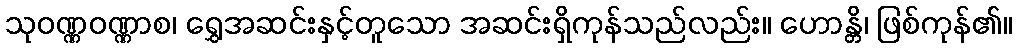
သုဝဏ္ဏဝဏ္ဏာစ၊ ရွှေအဆင်းနှင့်တူသော အဆင်းရှိကုန်သည်လည်း။ ဟောန္တိ၊ ဖြစ်ကုန်၏။